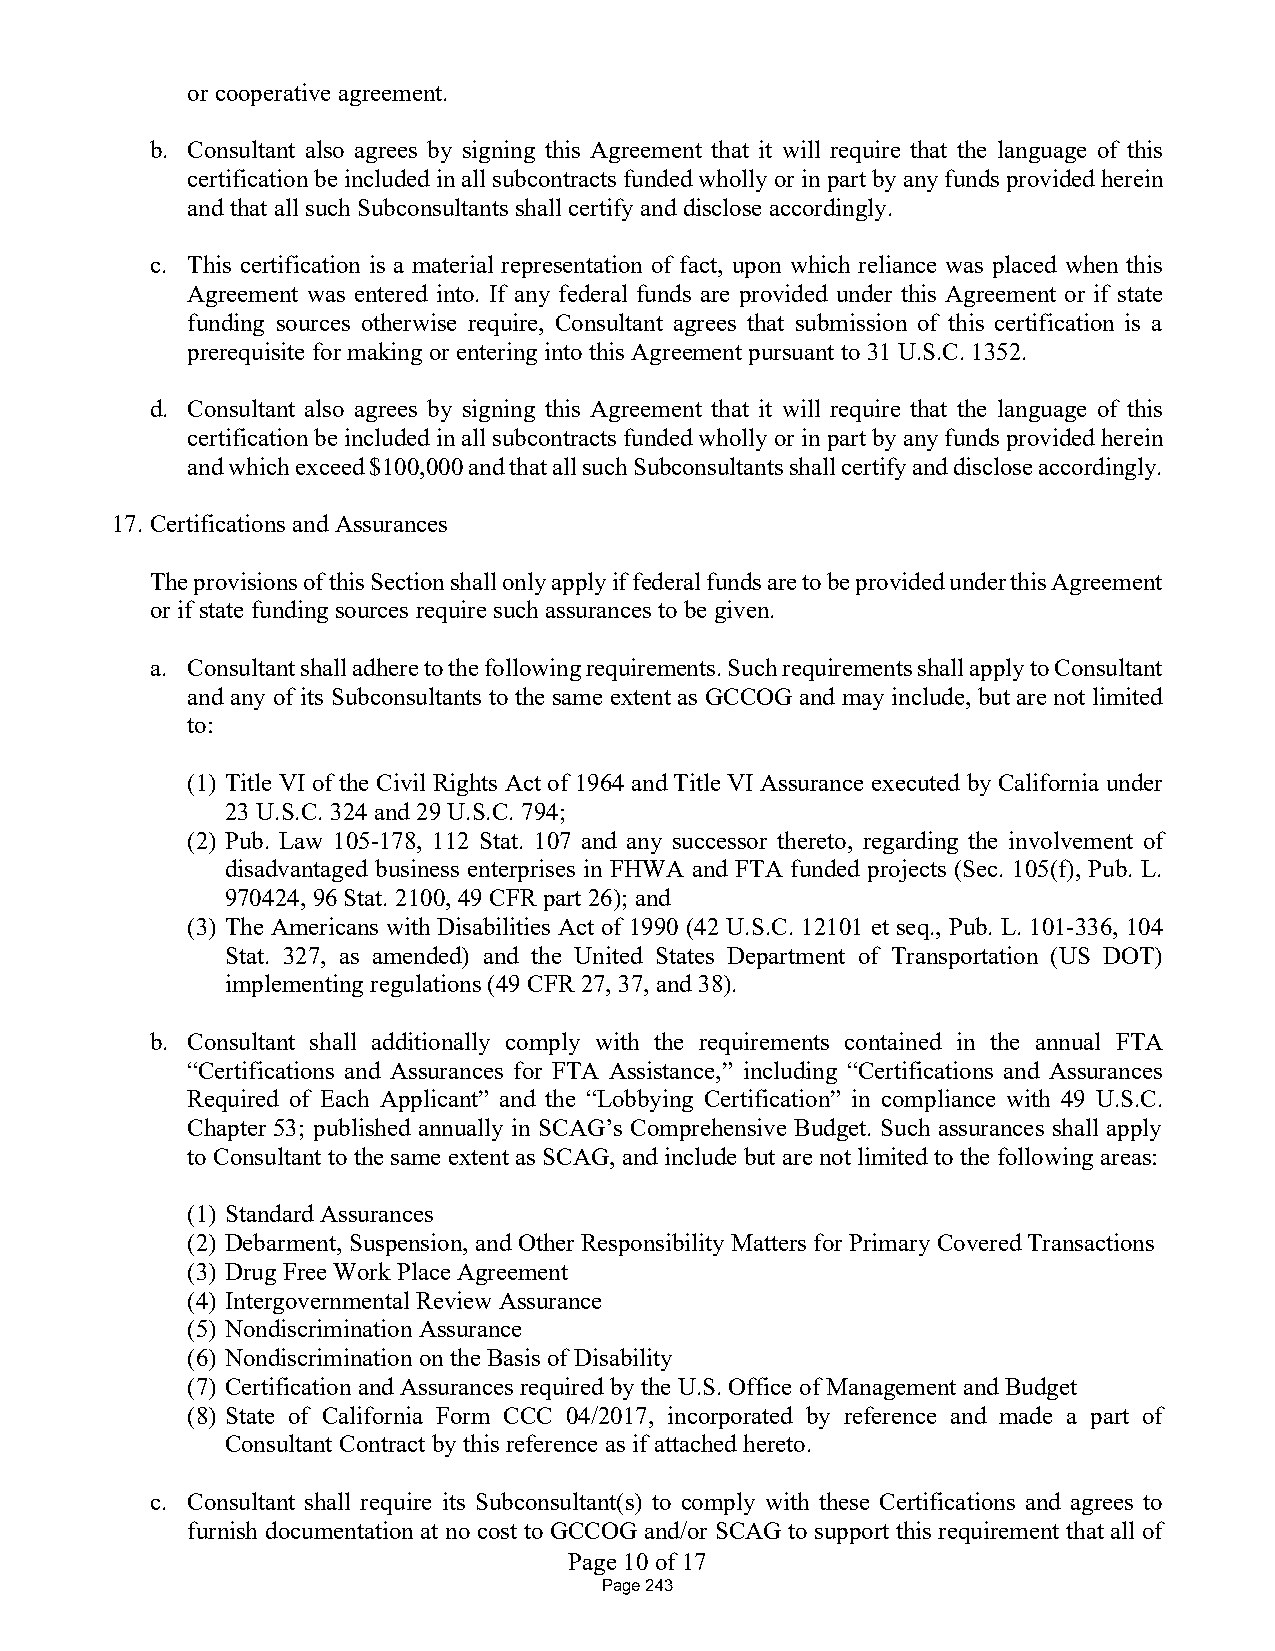
or cooperative agreement.
 b. Consultant also agrees by signing this Agreement that it will require that the language of this
 certification be included in all subcontracts funded wholly or in part by any funds provided herein
 and that all such Subconsultants shall certify and disclose accordingly.
 c. This certification is a material representation of fact, upon which reliance was placed when this
 Agreement was entered into. If any federal funds are provided under this Agreement or if state
 funding sources otherwise require, Consultant agrees that submission of this certification is a
 prerequisite for making or entering into this Agreement pursuant to 31 U.S.C. 1352.
 d. Consultant also agrees by signing this Agreement that it will require that the language of this
 certification be included in all subcontracts funded wholly or in part by any funds provided herein
 and which exceed $100,000 and that all such Subconsultants shall certify and disclose accordingly.
 17. Certifications and Assurances
 The provisions of this Section shall only apply if federal funds are to be provided under this Agreement
 or if state funding sources require such assurances to be given.
 a. Consultant shall adhere to the following requirements. Such requirements shall apply to Consultant
 and any of its Subconsultants to the same extent as GCCOG and may include, but are not limited
 to:
 (1) Title VI of the Civil Rights Act of 1964 and Title VI Assurance executed by California under
 23 U.S.C. 324 and 29 U.S.C. 794;
 (2) Pub. Law 105-178, 112 Stat. 107 and any successor thereto, regarding the involvement of
 disadvantaged business enterprises in FHWA and FTA funded projects (Sec. 105(f), Pub. L.
 970424, 96 Stat. 2100, 49 CFR part 26); and
 (3) The Americans with Disabilities Act of 1990 (42 U.S.C. 12101 et seq., Pub. L. 101-336, 104
 Stat. 327, as amended) and the United States Department of Transportation (US DOT)
 implementing regulations (49 CFR 27, 37, and 38).
 b. Consultant shall additionally comply with the requirements contained in the annual FTA
 “Certifications and Assurances for FTA Assistance,” including “Certifications and Assurances
 Required of Each Applicant” and the “Lobbying Certification” in compliance with 49 U.S.C.
 Chapter 53; published annually in SCAG’s Comprehensive Budget. Such assurances shall apply
 to Consultant to the same extent as SCAG, and include but are not limited to the following areas:
 (1) Standard Assurances
 (2) Debarment, Suspension, and Other Responsibility Matters for Primary Covered Transactions
 (3) Drug Free Work Place Agreement
 (4) Intergovernmental Review Assurance
 (5) Nondiscrimination Assurance
 (6) Nondiscrimination on the Basis of Disability
 (7) Certification and Assurances required by the U.S. Office of Management and Budget
 (8) State of California Form CCC 04/2017, incorporated by reference and made a part of
 Consultant Contract by this reference as if attached hereto.
 c. Consultant shall require its Subconsultant(s) to comply with these Certifications and agrees to
 furnish documentation at no cost to GCCOG and/or SCAG to support this requirement that all of
 Page 10 of 17
 Page 243